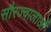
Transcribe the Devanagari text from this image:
सौरज्वालाओं